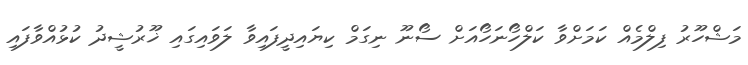
މަޝްހޫރު ފިލްމެއް ކަމަށްވާ ކަލްހޯނަހޯއަށް ސޯނޫ ނިގަމް ކިޔައިދީފައިވާ ލަވައިގައި ޚޫރުޝީދު ކުޅުއްވާފައި